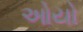
ઓયો